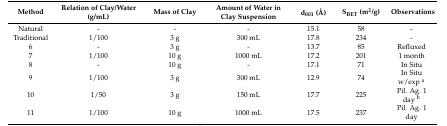
| Method | Relation of Clay/Water (g/mL) | Mass of Clay | Amount of Water in Clay Suspension | d001 (Å) | SBET (m2/g) | Observations |
 | --- | --- | --- | --- | --- | --- | --- |
 | Natural | - | - | - | 15.1 | 58 | - |
 | Traditional | 1/100 | 3 g | 300 mL | 17.8 | 234 | - |
 | 6 | - | 3 g | - | 13.7 | 85 | Refluxed |
 | 7 | 1/100 | 10 g | 1000 mL | 17.2 | 201 | 1 month |
 | 8 | - | 10 g | - | 17.1 | 71 | In Situ |
 | 9 | 1/100 | 3 g | 300 mL | 12.9 | 74 | In Situ w/exp a |
 | 10 | 1/50 | 3 g | 150 mL | 17.7 | 225 | Pil. Ag. 1 day b |
 | 11 | 1/100 | 10 g | 1000 mL | 17.5 | 237 | Pil. Ag. 1 day |